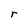
Character: r